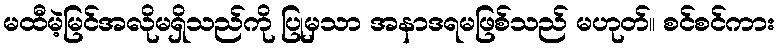
မထီမဲ့မြင်အလိုမရှိသည်ကို ပြုမှသာ အနာဒရမဖြစ်သည် မဟုတ်။ စင်စင်ကား